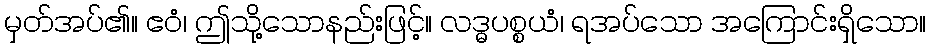
မှတ်အပ်၏။ ဧဝံ၊ ဤသို့သောနည်းဖြင့်။ လဒ္ဓပစ္စယံ၊ ရအပ်သော အကြောင်းရှိသော။